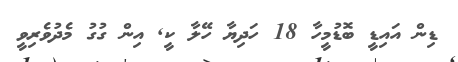
ޑިން އައިޑީ ބޮޑުމީހާ 18 ހަދިޔާ ހޭލާ ކީ